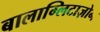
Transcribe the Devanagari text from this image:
बालाग्लिटाज़ोन